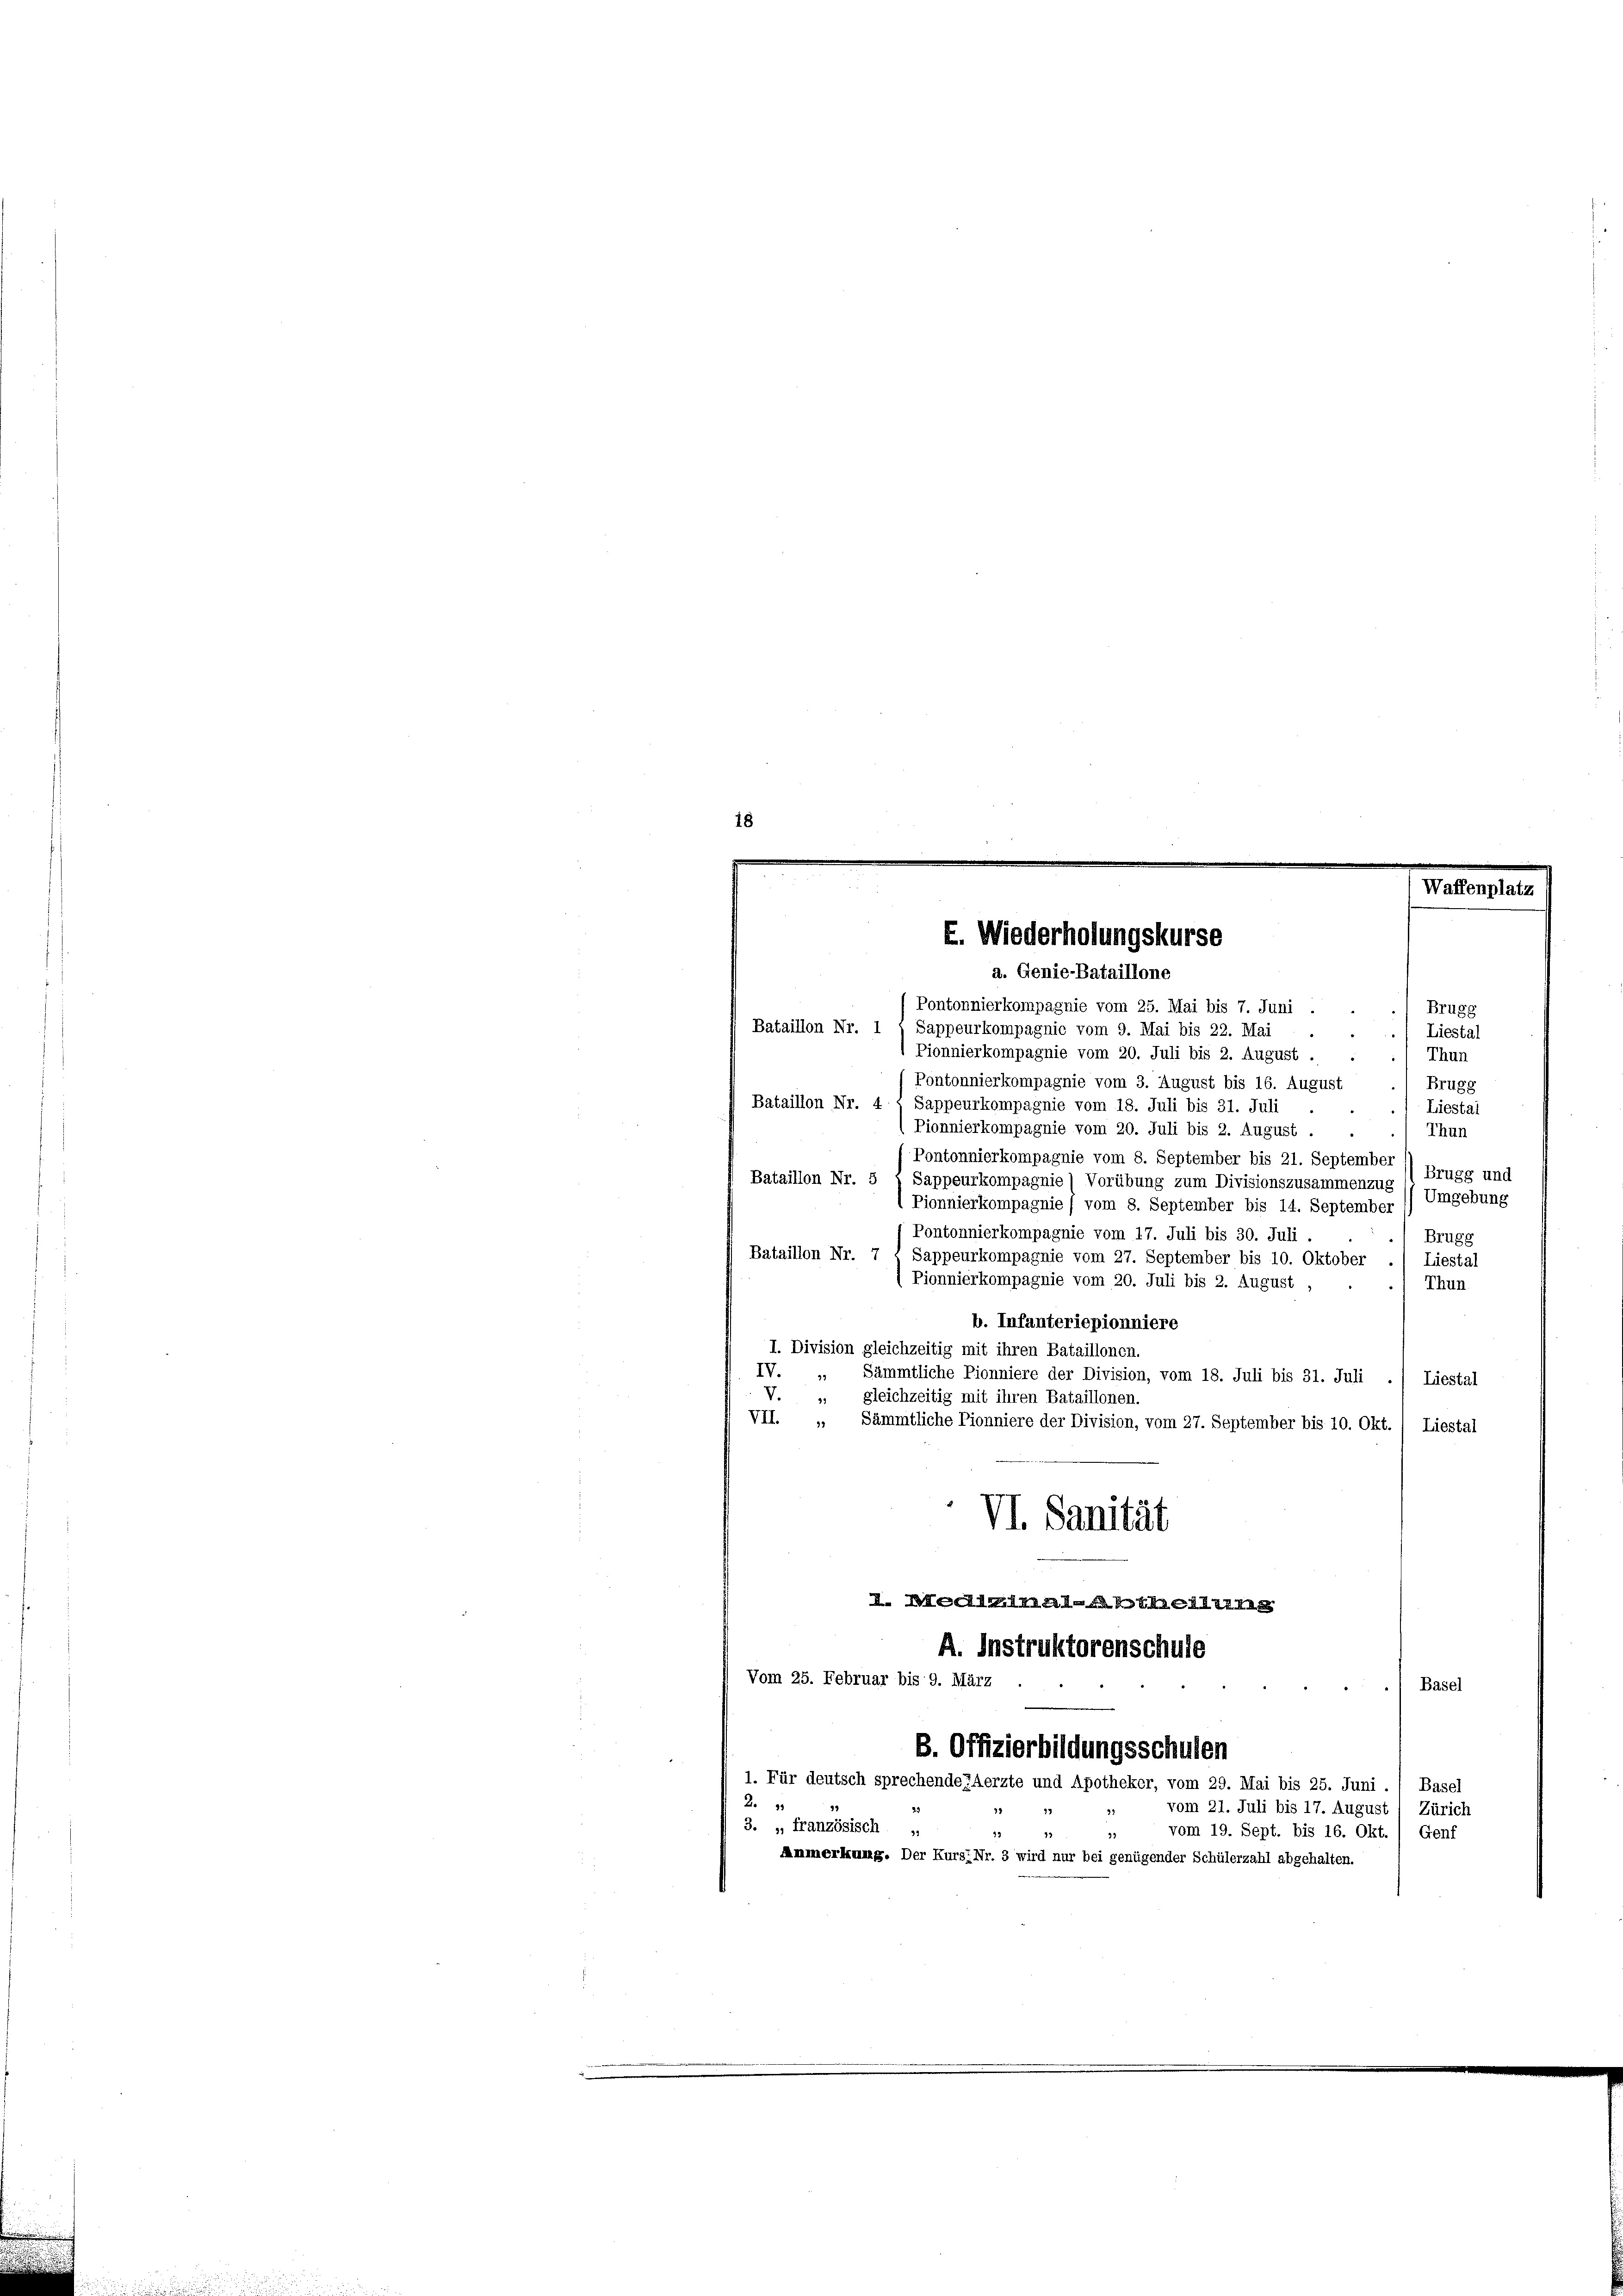
E. Wiederholungskurse
a. Genie-Bataillone

Pontonnierkompagnie vom 25. Mai bis 7. Juni .
Brugg
Bataillon Nr. 1
Sappeurkompagnie vom 9. Mai bis 22. Mai
Liestal
 Pionnierkompagnie vom 20. Juli bis 2. August.
Thun
Pontonnierkompagnie vom 3. August bis 16. August
Brugg
Bataillon Nr. 4
Sappeurkompagnie vom 18. Juli bis 31. Juli
Liestal
Pionnierkompagnie vom 20. Juli bis 2. August .
Thun
Pontonnierkompagnie vom 8. September bis 21. September
Brugg und
Bataillon Nr. 5
Sappeurkompagnie (Vorübung zum Divisionszusammenzug
Umgebung
l Pionnierkompagnie / vom 8. September bis 14. September
Pontonnierkompagnie vom 17. Juli bis 30. Juli.
Brugg
Bataillon Nr. 7
Sappeurkompagnie vom 27. September bis 10. Oktober
Liestal
 Pionnierkompagnie vom 20. Juli bis 2. August,
Thun.
b. Infanteriepionniere
I. Division gleichzeitig mit ihren Bataillonen.
IV. „ Sämmtliche Pionniere der Division, vom 18. Juli bis 31. Juli ./ Liestal
V. „ gleichzeitig mit ihren Bataillonen.
VII. „ Sämmtliche Pionniere der Division, vom 27. September bis 10. Okt. / Liestal
VI. Sanität
I. Medizinal-Abtheilung
A. Instruktorenschule
Vom 25. Februar bis 9. März
Basel
B. Offizierbildungsschulen
1. Für deutsch sprechende ZAerzte und Apotheker, vom 29. Mai bis 25. Juni ./ Basel
2.
vom 21. Juli bis 17. August
Zürich
3. „ französisch „
vom 19. Sept. bis 16. Okt.) Genf
32
Anmerkung. Der Kurs, Nr. 3 wird nur bei genügender Schülerzahl abgehalten.

u